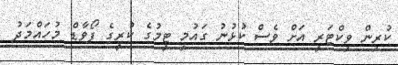
ކުރިން ވިކްޓަރީ އަށް ވެސް ކުޅުނު ގައުމީ ޓީމުގެ ކުރީގެ ފޯވާޑް މުހައްމަދު